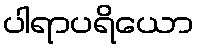
ပါရာပရိယော